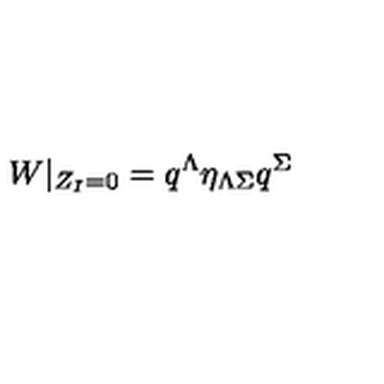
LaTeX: W | _ { Z _ { I } = 0 } = q ^ { \Lambda } \eta _ { \Lambda \Sigma } q ^ { \Sigma }